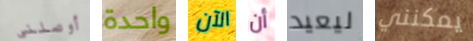
أوصلني واحدة الآن أن ليعيد يمكنني